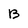
Character: B